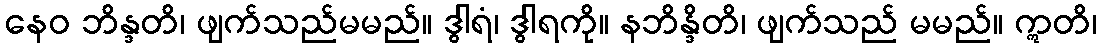
နေဝ ဘိန္ဒတိ၊ ဖျက်သည်မမည်။ ဒွါရံ၊ ဒွါရကို။ နဘိန္ဒိတိ၊ ဖျက်သည် မမည်။ ဣတိ၊